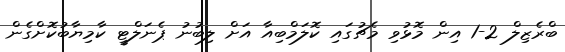
ބްރެޒިލް 2-1 އިން މޮޅުވި މެޗުގައި ކޮލަމްބިއާ އަށް ލިބުނު ޕެނަލްޓީ ކާމިޔާބުކޮށްގެން